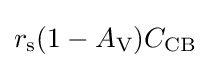
r_{\text{s}}(1-A_{\text{V}})C_{\text{CB}}